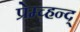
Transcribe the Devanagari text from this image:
प्रेम्च्हन्द्